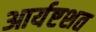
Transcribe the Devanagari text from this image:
आर्यष्टशत